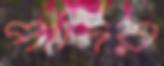
পাদির